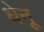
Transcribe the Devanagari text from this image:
धेनू